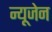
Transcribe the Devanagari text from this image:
न्यूजेन